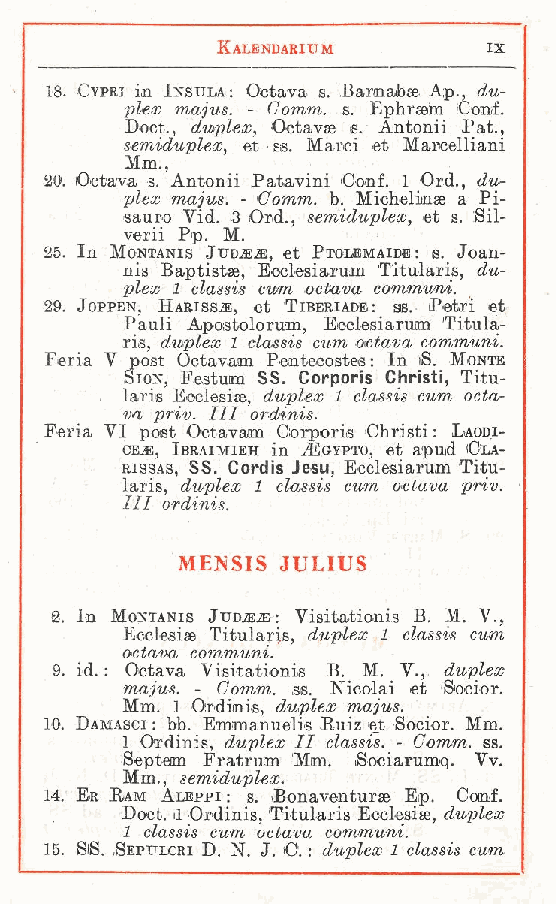
Kalendarixtm      ix
 16. Opri in Insula : Octava s. Barnabaa A;p.. du-
 plex majus. - Comm. s. Ephraem Conf.
 Doct., duplex, Octavse e. Antonii Pat.,
 seviiduplex, et ss. Marci et Maroelliani
 Mm.,
 20. Octava s. Antonii Patavini Conf. 1 Ord., du-
 plex majus. - Comm. h. Michelina a Pi-
 sauro Vid. 3 Ord., semiduplex, et s. Sil-
 verii Pp. M.
 2-5 In Montanis JtrDjB-ii, et Ptolbmaide: s. Joan-
 .
 nis Baptistae Ecclesiarum Titularis, du-
 plex 1 classis, cum octava communi.
 29. Joppen, Harissìe, et Tibbriadb: ss. Petri et
 Piauli Apostolorum Efoclesiarum 'Titula-
 ris, duplex 1 classis , cum octava communi.
 Feria V post Octavam Pentecostes : In i. Monte
 Sion, Festunn SS. Corporìs Chrìsti, Titu-
 laris Ecclesia duplex 1 classis cum octa-
 va priv. Ili ,ordinis.
 Feria VI post Octavam Corporis Christi : Laodi-
 CEji Ibraimieh in Egypto, et apud Cla-
 riss,as, SS. Cordis J&su, Ecclesiarum Titu-
 laris, duplex 1 classis cum octava priv.
 IH ordinis.
 MEKSIS JULIUS
 2 In Montanis Jtjd e : Visitationis B. M. V.,
 .   Ecclesise Titularis, duplex 1 classis cum
 octava communi.
 9 id. : Octava Visitationis B. M. V., duplex
 .
 majus. - Comm. ss. Nicolai et iSocior.
 Mm. 1 Ordinis duplex majus.
 10. Damasci : bb. Emman, uelis Euiz et rSocior. Mm.
 1 Ordinis, duplex II classis. - Comm. ss.
 Septem Fratrum Mm Sociarumq. Vv.
 Mm. semiduplex. .
 14. Er Ram A, leppi : s. Bonaventurse Ep. Conf.
 Doct. il Ordinis 'Titularis Ecclesise, duplex
 1 classis cum o,ctava communi.
 15. SS. .Septtlcri D, N. J. C. : duplex 1 classis cum
 f
 ff
 f